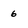
Character: 6